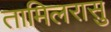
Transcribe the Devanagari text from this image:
तामिलरासु